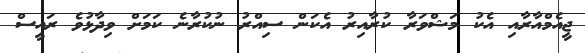
ޖީއެމްއާރާއި އެކު މަޝްވަރާ ކުރާއިރު އެކަން ސިއްރު ނުކުރާނެ ކަމަށް ވިދާޅުވެ ރައީސް